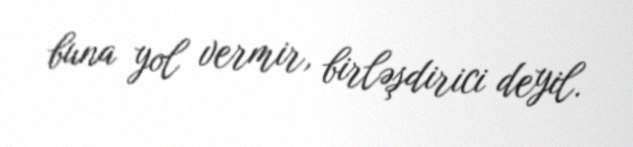
buna yol vermir, birləşdirici deyil.